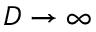
D \to \infty